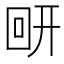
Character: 𰐋